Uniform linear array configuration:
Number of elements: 4
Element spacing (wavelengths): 0.5
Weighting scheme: exponential
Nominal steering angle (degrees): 30
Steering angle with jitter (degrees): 30.532
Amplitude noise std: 0.05
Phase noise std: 0.05

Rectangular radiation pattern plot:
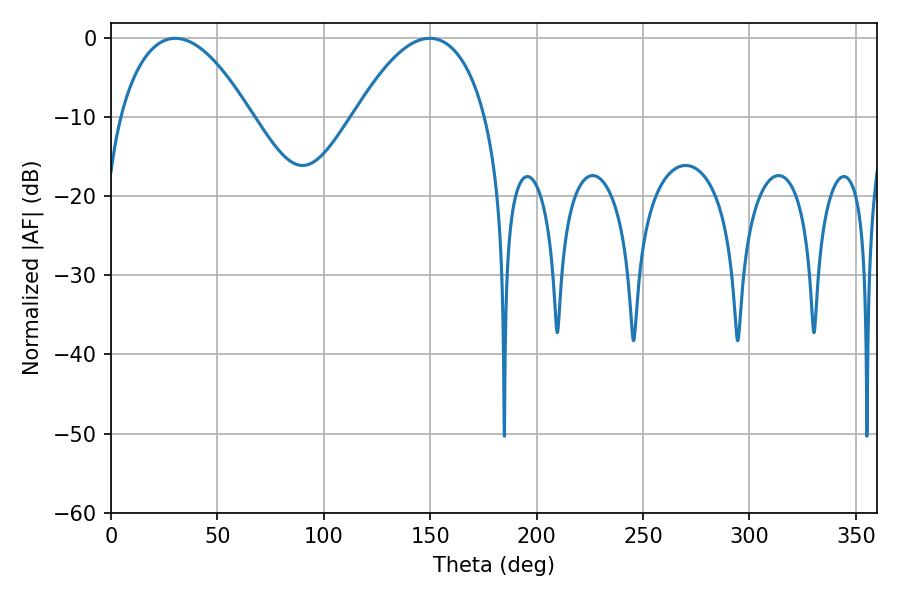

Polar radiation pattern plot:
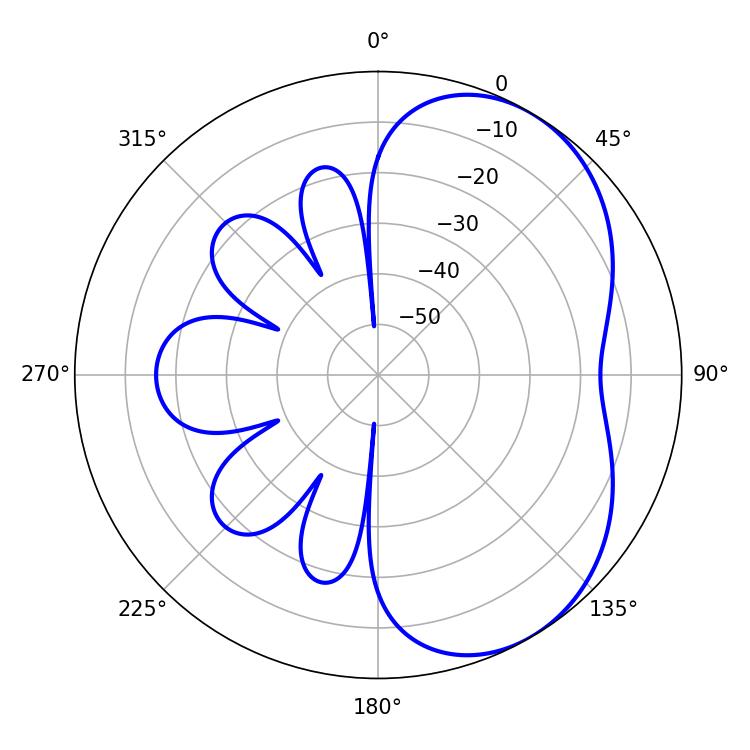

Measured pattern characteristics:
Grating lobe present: FALSE
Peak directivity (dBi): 4.712
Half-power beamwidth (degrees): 34.2
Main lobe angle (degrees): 30.24